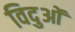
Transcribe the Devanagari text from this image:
विदुओं